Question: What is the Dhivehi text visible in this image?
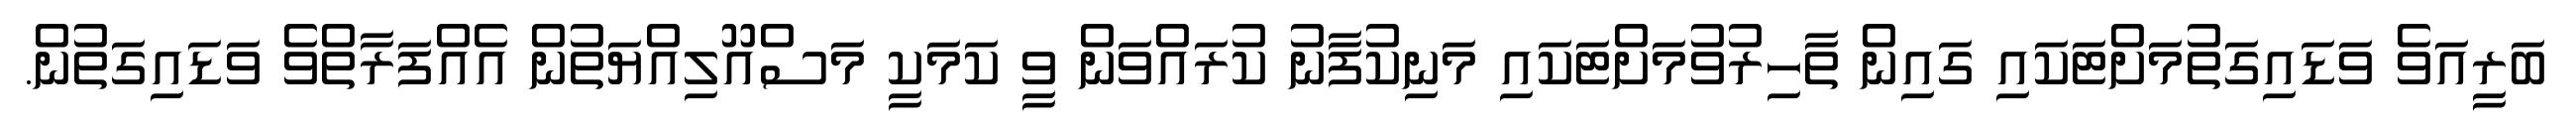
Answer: ބަރީއަވެ ވަޑައިގަތުމަށްޓަކައި ގައިން ތާހިރުވުމަށްޓަކައި މަނިކުފާނު ކުރައްވަން ވީ ކަމަކީ މަސްއޫލިއްޔަތުން އެއްފަރާތްވެ ވަޑައިގަތުން.